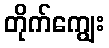
တိုက်ကျွေး